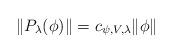
LaTeX: \begin{align*}\| P_\lambda(\phi)\| = c_{\psi, V, \lambda} \|\phi\|\end{align*}